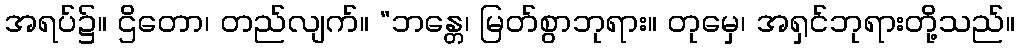
အရပ်၌။ ဌိတော၊ တည်လျက်။ “ဘန္တေ၊ မြတ်စွာဘုရား။ တုမှေ၊ အရှင်ဘုရားတို့သည်။